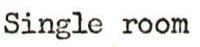
Single room